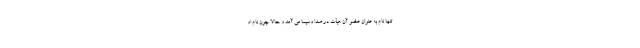
تنها نام به عنوان عضو آن هیأت در صدا وسیما می آمد و حالا چون نام او